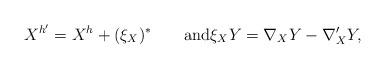
LaTeX: \begin{align*}X^{h'}=X^h+(\xi_X)^{\ast}\qquad\textrm{and}\xi_XY=\nabla_XY-\nabla'_XY,\end{align*}